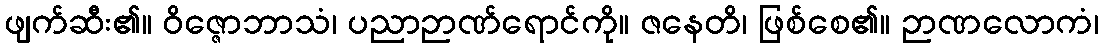
ဖျက်ဆီး၏။ ဝိဇ္ဇောဘာသံ၊ ပညာဉာဏ်ရောင်ကို။ ဇနေတိ၊ ဖြစ်စေ၏။ ဉာဏလောကံ၊